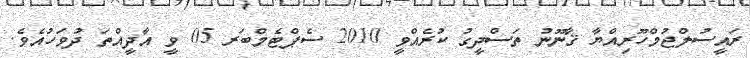
ރައީސުލްޖުމްހޫރިއްޔާ ޤާނޫނު ތަސްދީގު ކުރެއްވީ 2010 ސެޕްޓެމްބަރ 05 ވީ އާދީއްތަ ދުވަހުއެވެ.